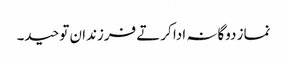
نماز دوگانہ ادا کرتے فرزندان توحید۔